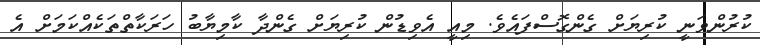
ކުރުންވަނީ ކުރިޔަށް ގެންގޮސްފައެވެ. މިއީ އެވިޑުން ކުރިޔަށް ގެންދާ ކާމިޔާބު ހަރަކާތްތަކެއްކަމަށް އެ